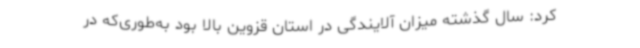
کرد: سال گذشته میزان آلایندگی در استان قزوین بالا بود به‌طوری‌که در